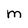
Character: m